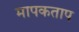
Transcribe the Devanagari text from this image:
मापकताप